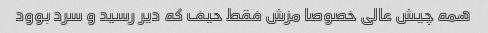
همه چیش عالی خصوصا مزش فقط حیف که دیر رسید و سرد بوود